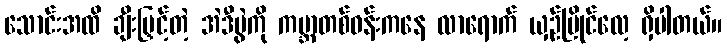
သောင်းအထိ ချီးမြှင့်တဲ့ အဲဒီပွဲကို ကမ္ဘာတစ်ဝန်းကနေ လာရောက် ယှဉ်ပြိုင်လေ့ ရှိပါတယ်။